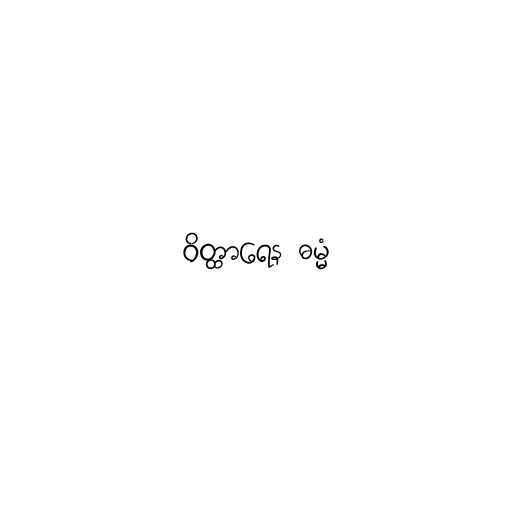
ဝိတ္ထာရေန ဓမ္မံ